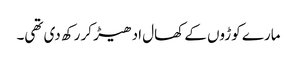
مارے کوڑوں کے کھال ادھیڑ کر رکھ دی تھی۔